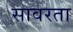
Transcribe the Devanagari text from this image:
सावरता